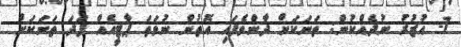
7- އުޒުރު ނުދެއްކުން: ތަނަކަށް ދާންވެފައި އޮތުން ނުވަތަ ޕާޓީއެއް ފަދަ ތަނަކަށް